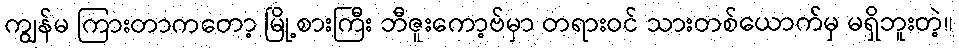
ကျွန်မ ကြားတာကတော့ မြို့စားကြီး ဘီဇူးကော့ဗ်မှာ တရားဝင် သားတစ်ယောက်မှ မရှိဘူးတဲ့။